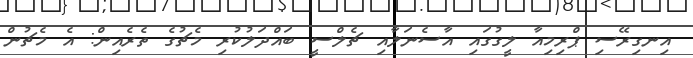
އިނގިރޭސި ޕްރިމިއާ ލީގުގައި އާސެނަލާއި ޗެލްސީ ބައްދަލުކުރި މެޗުގެ ތެރެއިން: އެ މެޗުން